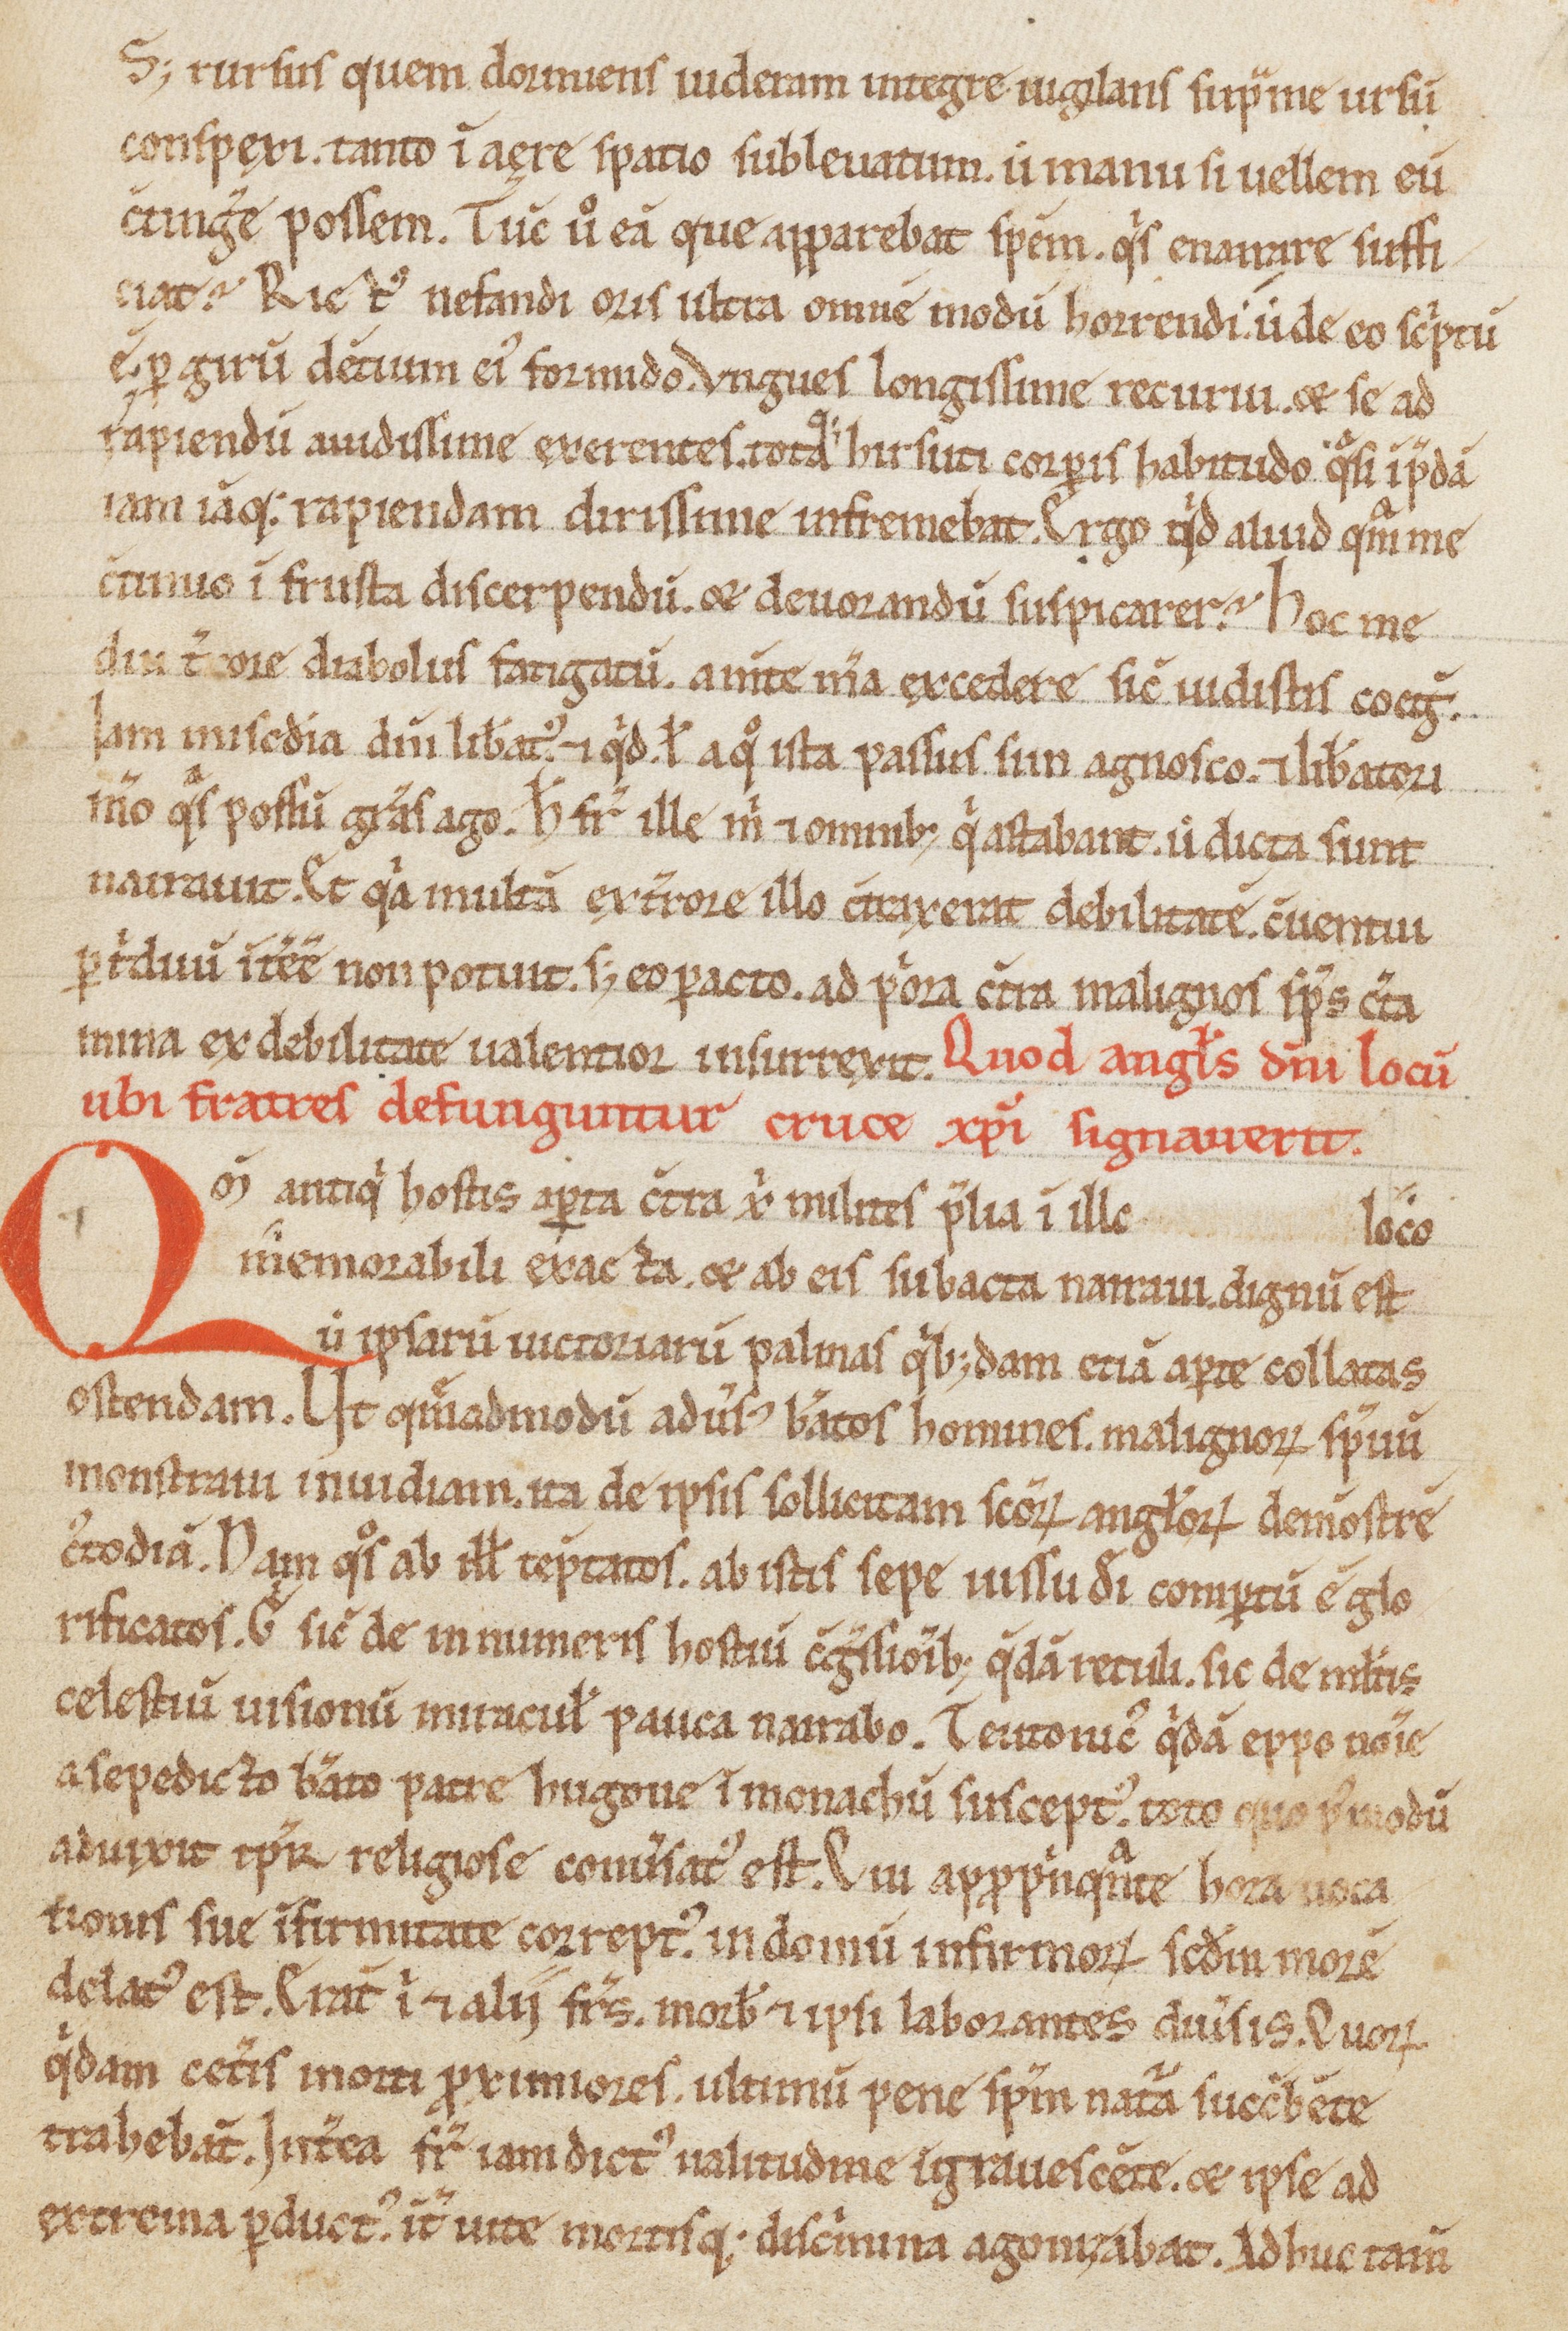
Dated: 1150–1199